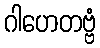
ဂါဟေတဗ္ဗံ